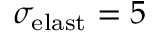
\sigma _ { \mathrm { e l a s t } } = 5